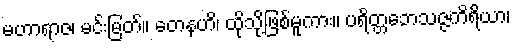
မဟာရာဇ၊ မင်းမြတ်။ တေနဟိ၊ ထိုသို့ဖြစ်မူကား။ ပရိတ္တဘေသဇ္ဇကိရိယာ၊